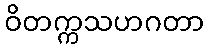
ဝိတက္ကသဟဂတာ